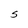
Character: S